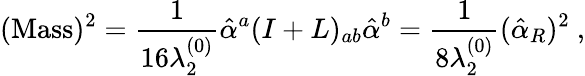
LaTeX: (\mathrm{Mass})^{2}={\frac{1}{16\lambda_{2}^{(0)}}}\hat{\alpha}^{a}(I+L)_{ab}\hat{\alpha}^{b}={\frac{1}{8\lambda_{2}^{(0)}}}(\hat{\alpha}_{R})^{2}~,